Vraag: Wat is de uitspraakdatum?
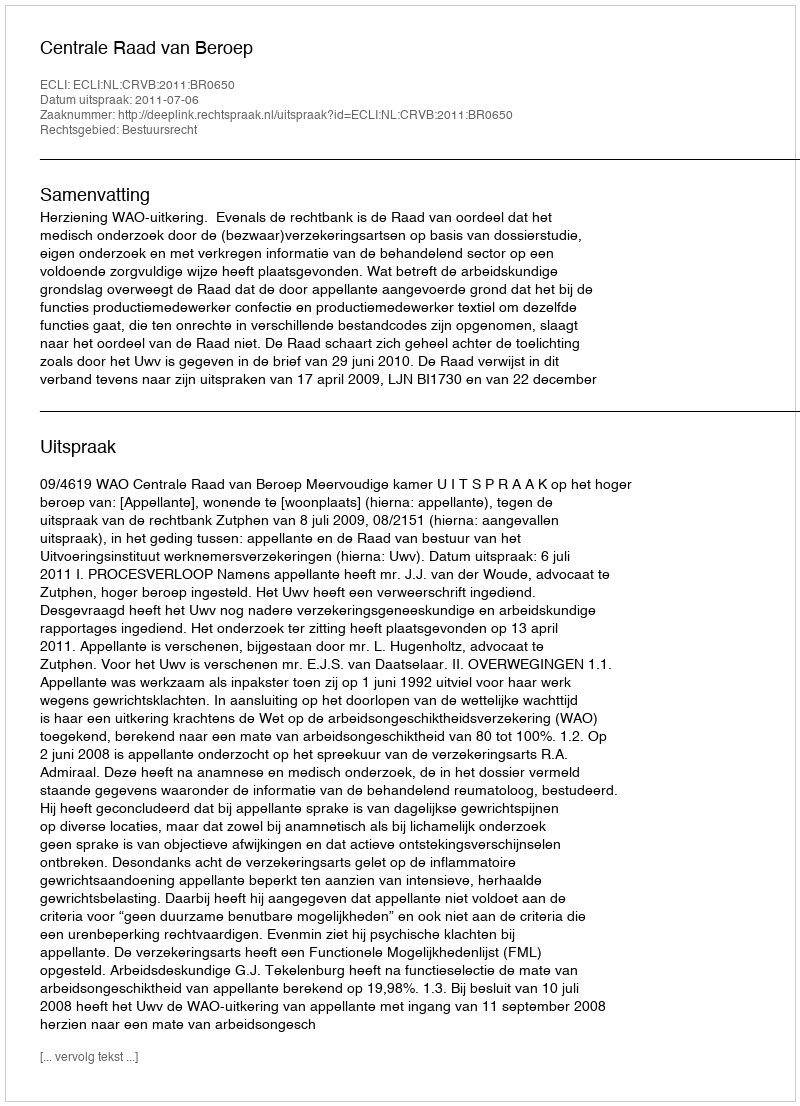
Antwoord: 2011-07-06